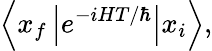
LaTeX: \left\langle x_{f}\left|e^{-iHT/\hbar}\right|x_{i}\right\rangle,